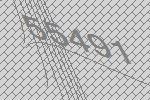
55491